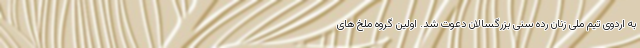
به اردوی تیم ملی زنان رده سنی بزرگسالان دعوت شد. اولین گروه ملخ های